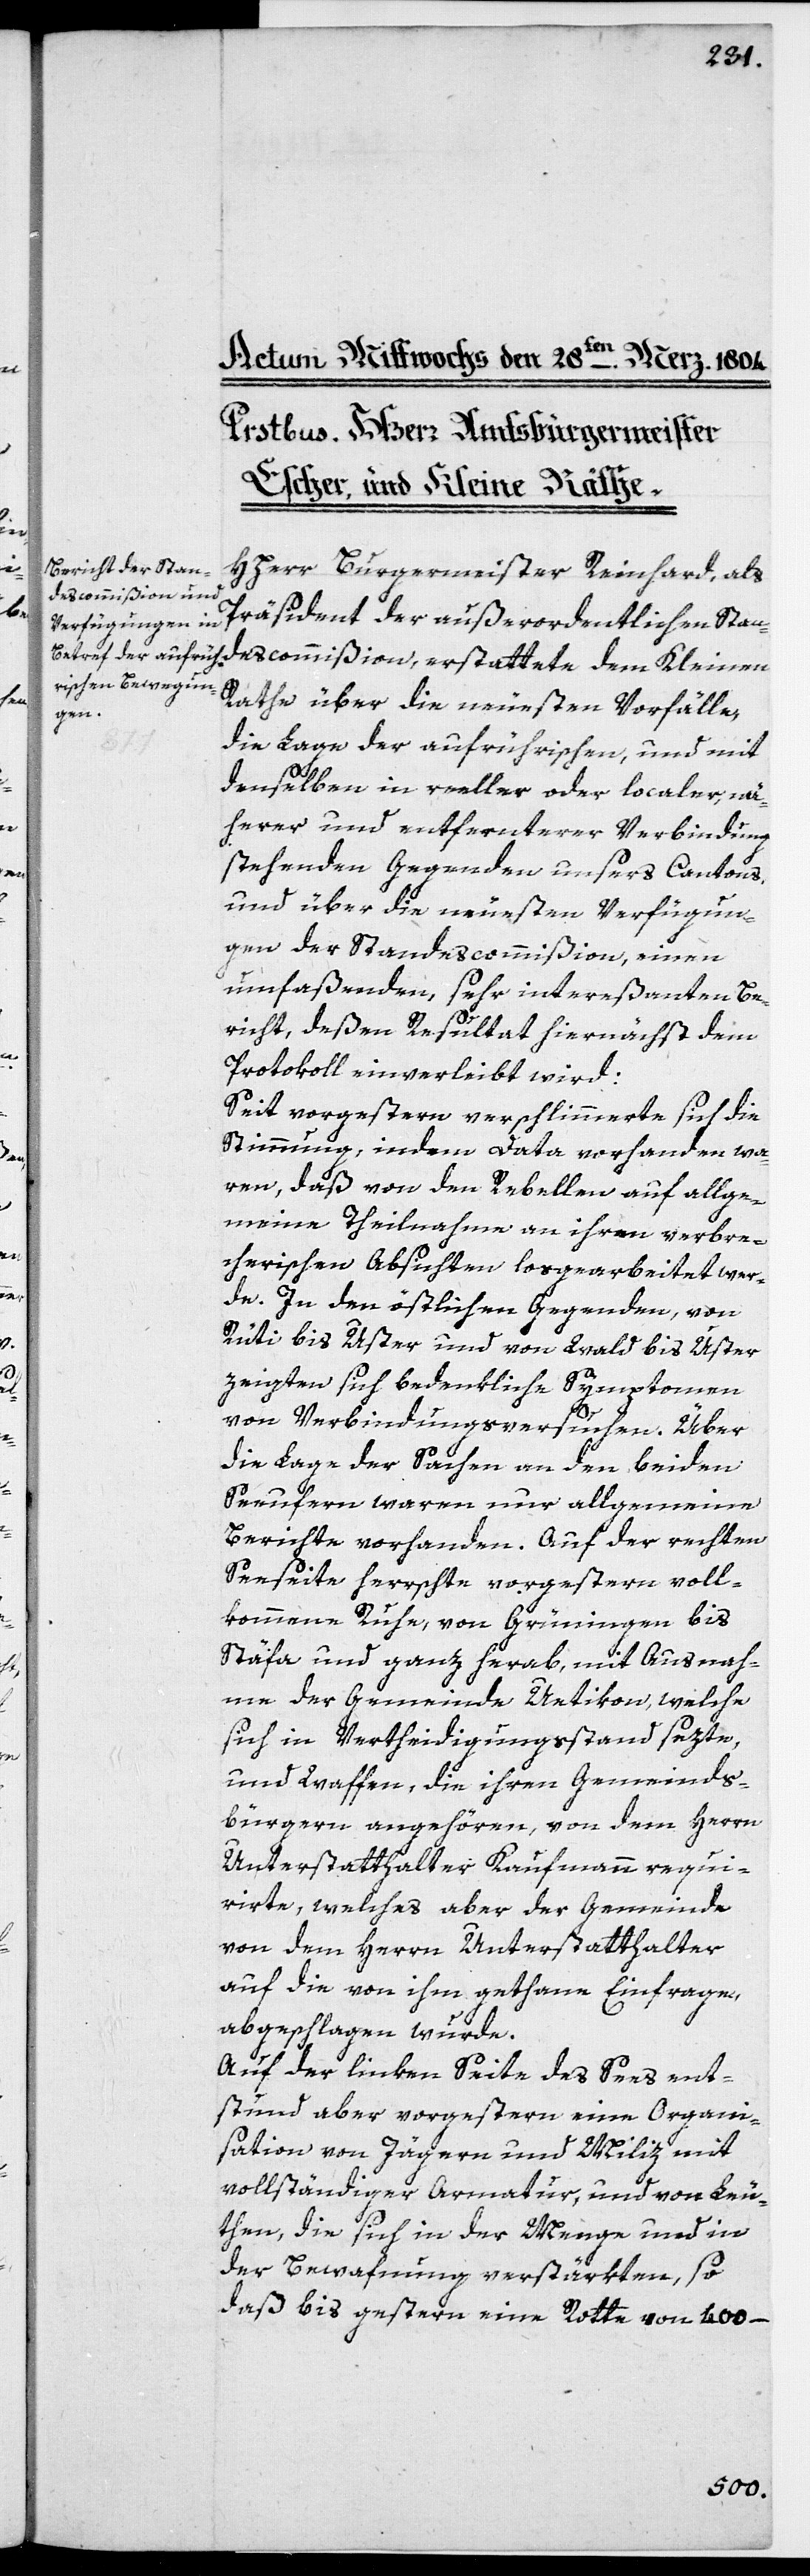
HHerr Burgermeister Reinhard, als
Präsident der außerordentlichen Stan¬
descommißion, erstattete dem Kleinen
Rathe über die neuesten Vorfälle,
die Lage der aufrührischen, und mit
denselben in reeler oder localer, nä¬
herer und entfernterer Verbindung
stehenden Gegenden unsers Cantons,
und über die neuesten Verfügun¬
gen der Standescommißion, einen
umfaßenden sehr intereßanten Be¬
richt, deßen Resultat hiernächst dem
Protokoll einverleibt wird:
Seit vorgestern verschlimmerte sich die
Stimmung, indem Data vorhanden wa¬
ren, daß von den Rebellen auf allge¬
meine Theilnahme an ihren verbre¬
cherischen Absichten losgearbeitet wer¬
de. In den östlichen Gegenden, von
Rüti bis Uster und von Wald bis Uster
zeigten sich bedenkliche Symptomen
von Verbindungsversuchen. Über
die Lage der Sachen an den beiden
Seeufern waren nur allgemeine
Berichte vorhanden. Auf der rechten
Seeseite herrschte vorgestern voll¬
kommene Ruhe, von Grüningen bis
Stäfa und ganz herab, mit Ausnah¬
me der Gemeinde Uetikon, welche
sich in Vertheidigungsstand sezte,
und Waffen, die ihren Gemeinds¬
bürgern angehören, von dem Herrn
Unterstatthalter Kaufmann requi¬
rirte, welches aber der Gemeinde
von dem Herrn Unterstatthalter
auf die von ihm gethane Einfrage,
abgeschlagen wurde.
Auf der linken Seite des Sees ent¬
stund aber vorgestern eine Organi¬
sation von Jägern und Miliz mit
vollständiger Armatur, und von Leu¬
then, die sich in der Menge und in
der Bewafnung verstärkten, so
daß bis gestern eine Rotte von 400–